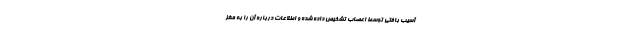
آسیب بافتی توسط اعصاب تشخیص داده شده و اطلاعات درباره آن را به مغز